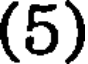
(5)